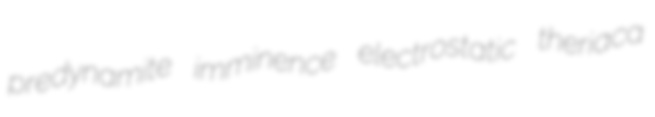
predynamite imminence electrostatic theriaca